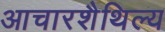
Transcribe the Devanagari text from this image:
आचारशैथिल्य